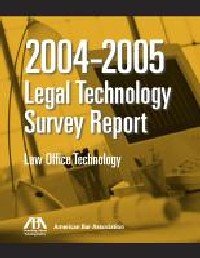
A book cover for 2006 ABA Legal Technology Survey Report: Law Office Technology; ABA Legal Technology Resource Center; Law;